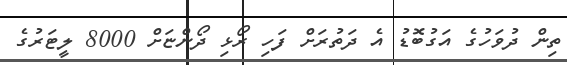
ތިން ދުވަހުގެ އަގުބޮޑު އެ ދަތުރަށް ފަހި ރޯޅި ދޯންޏަށް 8000 ލީޓަރުގެ